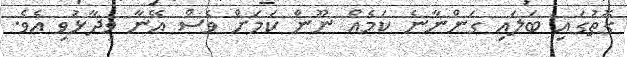
ގޮތުގައި ބަލައި ގަންނާނެ ކަމެއް ނޫން ކަމަށް ވެސް އޭނާ ވިދާޅުވި އެވެ.